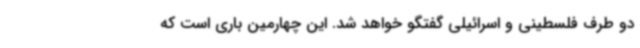
دو طرف فلسطینی و اسرائیلی گفتگو خواهد شد. این چهارمین باری است که